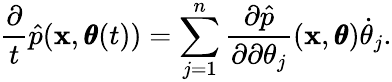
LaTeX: \frac{\partial}{t}\hat{p}(\mathbf x,\pmb\theta(t))=\sum_{j=1}^{n}\frac{\partial\hat{p}}{\partial\partial\theta_{j}}(\mathbf x,\pmb\theta)\dot{\theta}_{j}.